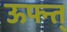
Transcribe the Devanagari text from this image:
ऊफ्न्त्